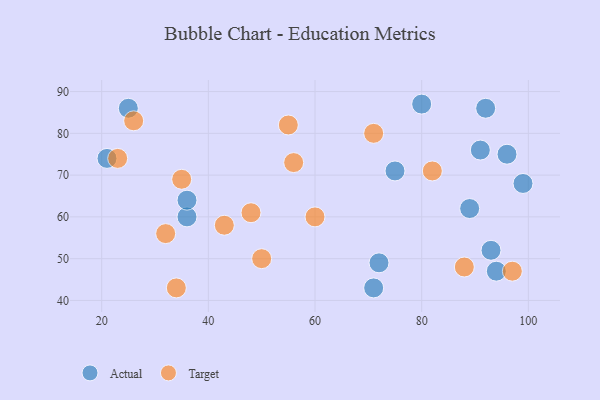
{"axis": {"x": "GDP", "y": "Life Expectancy"}, "legend": ["Actual", "Target"], "data": [{"x": "71", "y": 43, "type": "Actual"}, {"x": "36", "y": 60, "type": "Actual"}, {"x": "93", "y": 52, "type": "Actual"}, {"x": "21", "y": 74, "type": "Actual"}, {"x": "99", "y": 68, "type": "Actual"}, {"x": "36", "y": 64, "type": "Actual"}, {"x": "80", "y": 87, "type": "Actual"}, {"x": "25", "y": 86, "type": "Actual"}, {"x": "75", "y": 71, "type": "Actual"}, {"x": "72", "y": 49, "type": "Actual"}, {"x": "94", "y": 47, "type": "Actual"}, {"x": "96", "y": 75, "type": "Actual"}, {"x": "92", "y": 86, "type": "Actual"}, {"x": "89", "y": 62, "type": "Actual"}, {"x": "91", "y": 76, "type": "Actual"}, {"x": "43", "y": 58, "type": "Target"}, {"x": "50", "y": 50, "type": "Target"}, {"x": "71", "y": 80, "type": "Target"}, {"x": "60", "y": 60, "type": "Target"}, {"x": "55", "y": 82, "type": "Target"}, {"x": "82", "y": 71, "type": "Target"}, {"x": "32", "y": 56, "type": "Target"}, {"x": "88", "y": 48, "type": "Target"}, {"x": "97", "y": 47, "type": "Target"}, {"x": "26", "y": 83, "type": "Target"}, {"x": "48", "y": 61, "type": "Target"}, {"x": "23", "y": 74, "type": "Target"}, {"x": "56", "y": 73, "type": "Target"}, {"x": "34", "y": 43, "type": "Target"}, {"x": "35", "y": 69, "type": "Target"}]}